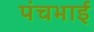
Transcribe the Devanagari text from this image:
पंचभाई